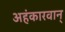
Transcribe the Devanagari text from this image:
अहंकारवान्